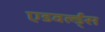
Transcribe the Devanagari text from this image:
एडवर्ल्ड्स